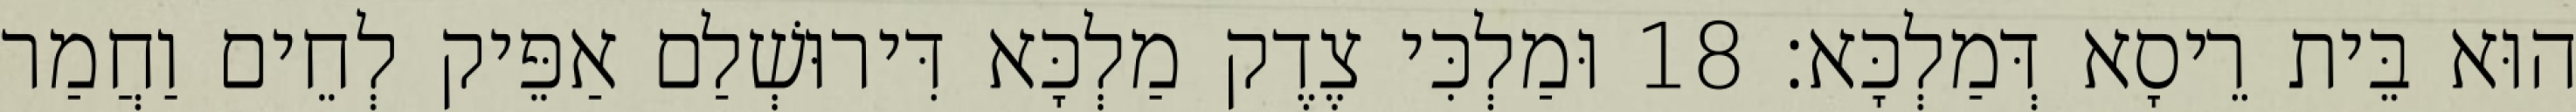
הוּא בֵּית רֵיסָא דְּמַלְכָּא׃ 18 וּמַלְכִּי צֶדֶק מַלְכָּא דִּירוּשְׁלַם אַפֵּיק לְחֵים וַחֲמַר